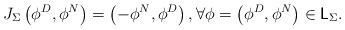
LaTeX: \begin{align*}J_{\Sigma}\left(\phi^D,\phi^N\right)=\left(-\phi^N,\phi^D\right),\forall \phi=\left(\phi^D,\phi^N\right)\in \mathsf{L}_{\Sigma}.\end{align*}